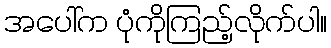
အပေါ်က ပုံကိုကြည့်လိုက်ပါ။